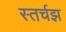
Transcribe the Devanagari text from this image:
स्तर्चझ